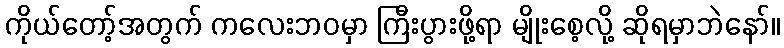
ကိုယ်တော့်အတွက် ကလေးဘဝမှာ ကြီးပွားဖို့ရာ မျိုးစေ့လို့ ဆိုရမှာဘဲနော်။